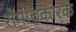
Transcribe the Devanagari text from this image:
रोमांचकारक